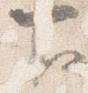
下